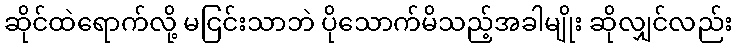
ဆိုင်ထဲရောက်လို့ မငြင်းသာဘဲ ပိုသောက်မိသည့်အခါမျိုး ဆိုလျှင်လည်း